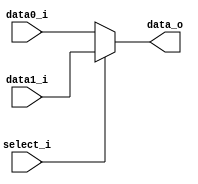
module MUX_2WAY
(
    data0_i,
    data1_i,
    select_i,
    data_o
);

input [31:0] data0_i, data1_i;
input select_i;
output [31:0] data_o;

assign data_o = select_i ? data1_i : data0_i;

endmodule